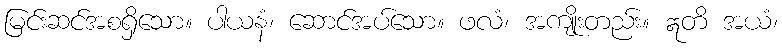
မြင်းဆင်အစရှိသော။ ပါယနံ၊ ဆောင်အပ်သော။ ဖလံ၊ အကျိုးတည်း။ ဣတိ အယံ၊